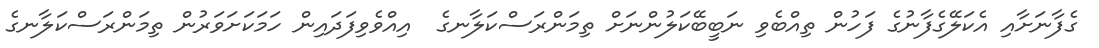
ގެފާނަށާއި އެކަލޭގެފާނުގެ ފަހުން ތިއްބެވި ނަބީބޭކަލުންނަށް ތިމަންރަސްކަލާނގެ  އިއްވެވިފަދައިން ހަމަކަށަވަރުން ތިމަންރަސްކަލާނގެ